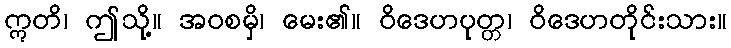
ဣတိ၊ ဤသို့။ အဝစမှိ၊ မေး၏။ ဝိဒေဟပုတ္တ၊ ဝိဒေဟတိုင်းသား။